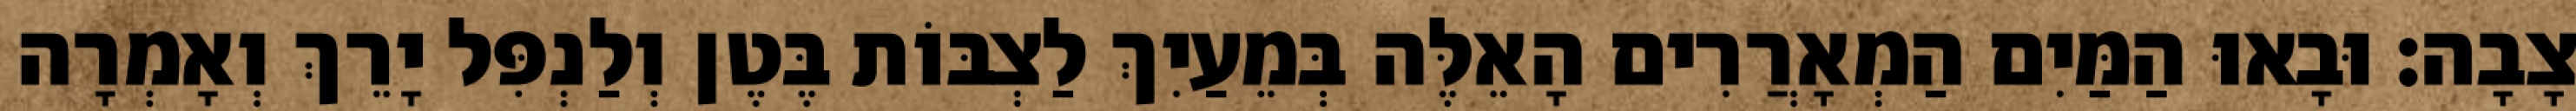
צָבָה׃ וּבָאוּ הַמַּיִם הַמְאָרֲרִים הָאֵלֶּה בְּמֵעַיִךְ לַצְבּוֹת בֶּטֶן וְלַנְפִּל יָרֵךְ וְאָמְרָה